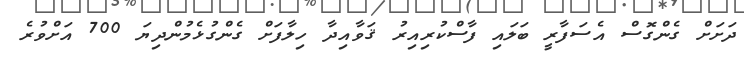
ދަށަށް ގެންގޮސް އެސަފާރީ ބަލައި ފާސްކުރިއިރު ޤަވާއިދާ ހިލާފަށް ގެންގުޅެމުންދިޔަ 700 އަށްވުރެ